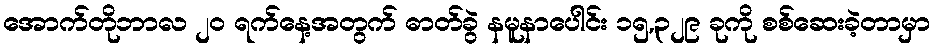
အောက်တိုဘာလ ၂၀ ရက်နေ့အတွက် ဓာတ်ခွဲ နမူနာပေါင်း ၁၅,၃၂၉ ခုကို စစ်ဆေးခဲ့တာမှာ